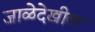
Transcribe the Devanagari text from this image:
जाळेदेखील